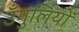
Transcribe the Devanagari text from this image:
उँगुलियों